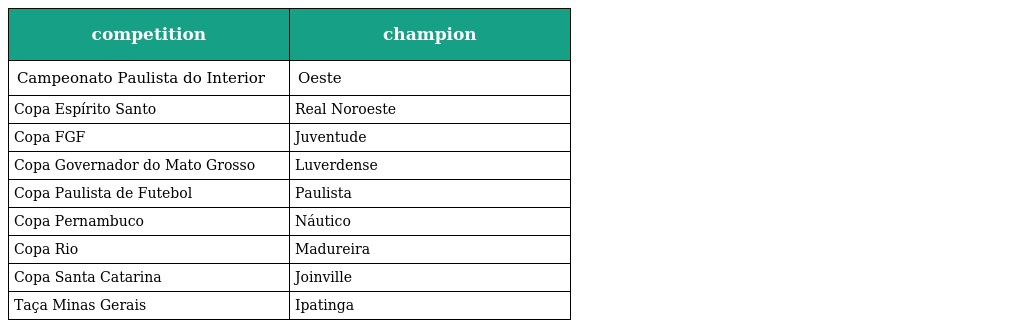
| competition | champion |
 | --- | --- |
 | Campeonato Paulista do Interior | Oeste |
 | Copa Espírito Santo | Real Noroeste |
 | Copa FGF | Juventude |
 | Copa Governador do Mato Grosso | Luverdense |
 | Copa Paulista de Futebol | Paulista |
 | Copa Pernambuco | Náutico |
 | Copa Rio | Madureira |
 | Copa Santa Catarina | Joinville |
 | Taça Minas Gerais | Ipatinga |